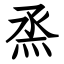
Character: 烝